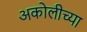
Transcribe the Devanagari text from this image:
अकोलीच्या